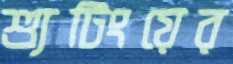
শ্যুটিংয়ের